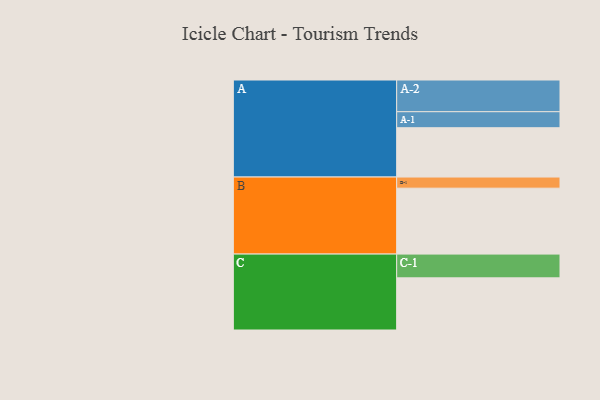
{"axis": {"x": "Segment", "y": "Value"}, "legend": ["", "A", "B", "C"], "data": [{"x": "A", "y": 434, "type": ""}, {"x": "B", "y": 580, "type": ""}, {"x": "C", "y": 459, "type": ""}, {"x": "A-1", "y": 141, "type": "A"}, {"x": "A-2", "y": 279, "type": "A"}, {"x": "B-1", "y": 98, "type": "B"}, {"x": "C-1", "y": 209, "type": "C"}]}